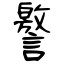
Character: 譥